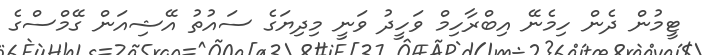
ޓީމުން ދެން ހިމެނޭ އިބްރާހިމް ވަހީދު ވަނީ މިދިޔަގެ ސައުތު އޭޝިއަން ގޭމްސްގެ